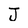
Character: J